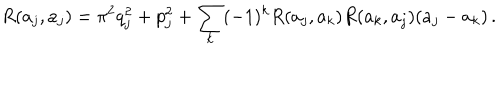
LaTeX: R ( a _ { j } , a _ { j } ) = \pi ^ { 2 } q _ { j } ^ { 2 } + p _ { j } ^ { 2 } + \sum _ { k } ( - 1 ) ^ { k } R ( a _ { j } , a _ { k } ) R ( a _ { k } , a _ { j } ) ( a _ { j } - a _ { k } ) \, .